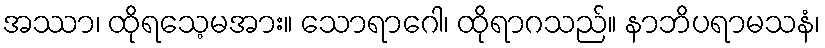
အဿာ၊ ထိုရသေ့မအား။ သောရာဂေါ၊ ထိုရာဂသည်။ နာဘိပရာမသနံ၊